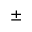
\pm